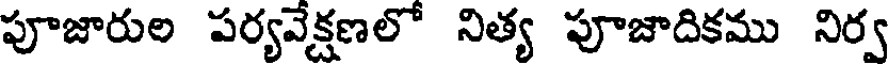
పూజారుల పర్యవేక్షణలో నిత్య పూజాదికము నిర్వ